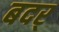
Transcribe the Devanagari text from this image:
बदर्